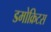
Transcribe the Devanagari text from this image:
डमोक्रिटस